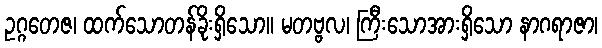
ဥဂ္ဂတေဇ၊ ထက်သောတန်ခိုးရှိသော။ မတဗ္ဗလ၊ ကြီးသောအားရှိသော နာဂရာဇာ၊